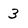
Character: 3